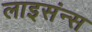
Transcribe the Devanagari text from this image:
लाइसंन्स